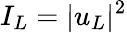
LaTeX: I_{L}=|u_{L}|^{2}